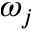
\omega _ { j }